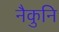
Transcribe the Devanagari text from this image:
नैकुनि